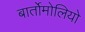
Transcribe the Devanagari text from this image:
बार्तोमोलियो